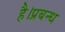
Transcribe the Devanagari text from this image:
है।प्रबन्ध